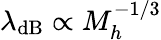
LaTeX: \lambda_{\mathrm{dB}}\propto M_{h}^{-1/3}